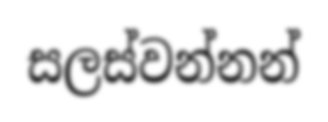
සලස්වන්නන්